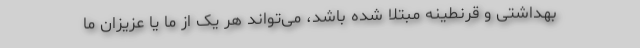
بهداشتی و قرنطینه مبتلا شده باشد، می‌تواند هر یک از ما یا عزیزان ما